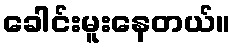
ခေါင်းမူးနေတယ်။